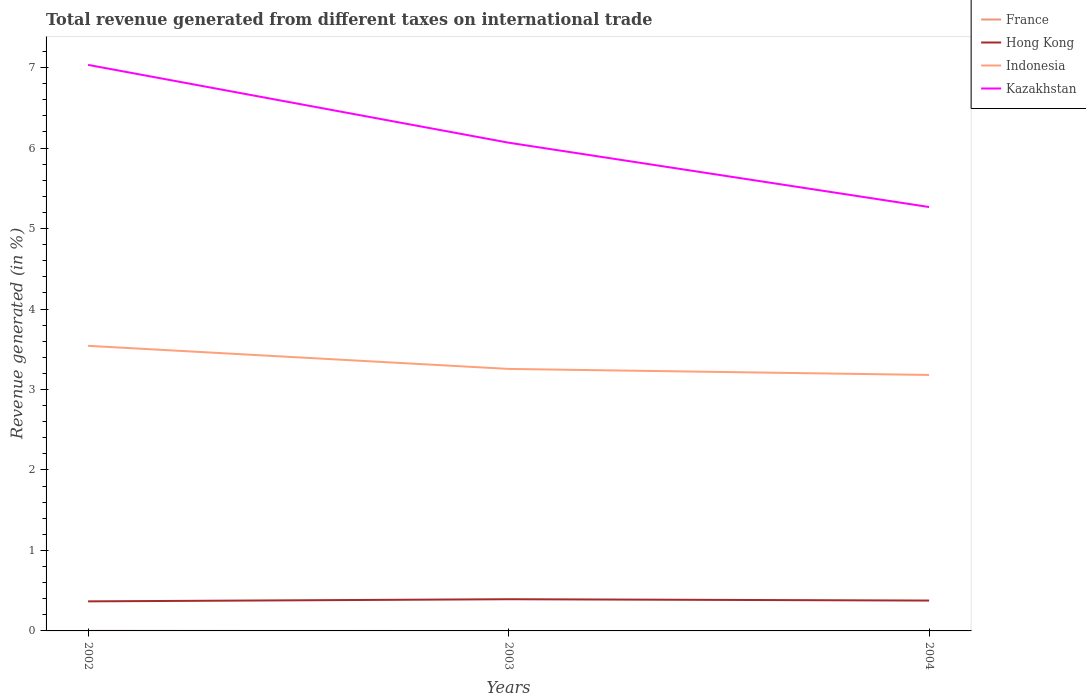
| Years | France | Hong Kong | Indonesia | Kazakhstan |
 | --- | --- | --- | --- | --- |
 | 2002 | 0.000755 | 0.367 | 3.54 | 7.03 |
 | 2003 | -0.000889 | 0.394 | 3.26 | 6.07 |
 | 2004 | -0.00156 | 0.377 | 3.18 | 5.27 |